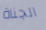
الجناة